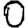
Digit: 0